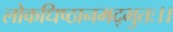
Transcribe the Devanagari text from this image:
लोकधिष्ठानमद्भुतः।।